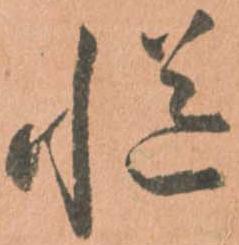
慥